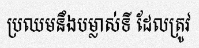
ប្រឈមនឹងបម្លាស់ទី ដែលត្រូវ